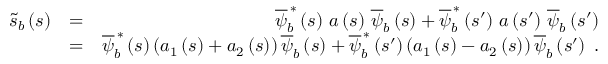
\begin{array} { r l r } { \widetilde { s } _ { b } \left( s \right) } & { = } & { \overline { { \psi } } _ { b } ^ { \, \ast } \left( s \right) \, a \left( s \right) \, \overline { { \psi } } _ { b } \left( s \right) + \overline { { \psi } } _ { b } ^ { \, \ast } \left( s ^ { \prime } \right) \, a \left( s ^ { \prime } \right) \, \overline { { \psi } } _ { b } \left( s ^ { \prime } \right) } \\ & { = } & { \overline { { \psi } } _ { b } ^ { \, \ast } \left( s \right) \left( a _ { 1 } \left( s \right) + a _ { 2 } \left( s \right) \right) \overline { { \psi } } _ { b } \left( s \right) + \overline { { \psi } } _ { b } ^ { \, \ast } \left( s ^ { \prime } \right) \left( a _ { 1 } \left( s \right) - a _ { 2 } \left( s \right) \right) \overline { { \psi } } _ { b } \left( s ^ { \prime } \right) \; . } \end{array}